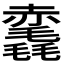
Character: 𧹺